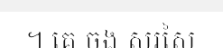
។ គេ ចង សរសៃ